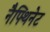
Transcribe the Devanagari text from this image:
नैफ्थिनेट